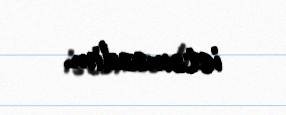
istəməzdim.